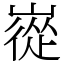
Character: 嵸